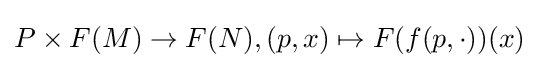
P\times F(M)\to F(N),(p,x)\mapsto F(f(p,\cdot ))(x)